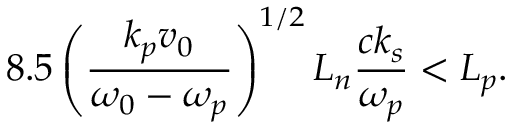
8 . 5 \left( \frac { k _ { p } v _ { 0 } } { \omega _ { 0 } - \omega _ { p } } \right) ^ { 1 / 2 } L _ { n } \frac { c k _ { s } } { \omega _ { p } } < L _ { p } .